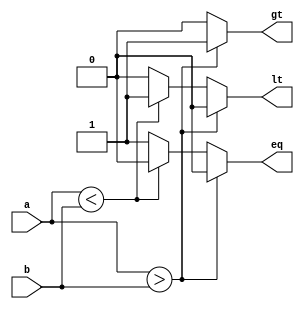
`timescale 1ns / 1ps
//////////////////////////////////////////////////////////////////////////////////
// Company: 
// Engineer: 
// 
// Design Name: 
// Module Name: b_comp
// Project Name: 
// Target Devices: 
// Tool Versions: 
// Description: 
// 
// Dependencies: 
// 
// Revision:
// Revision 0.01 - File Created
// Additional Comments:
// 
//////////////////////////////////////////////////////////////////////////////////


module b_comp(
    input [3:0]a,b,
    output reg eq,gt,lt
    );
    
    always@(a,b)
    if (a>b)
        begin
            gt = 1;
            lt = 0;
            eq = 0;
        end
     else if (a<b)
        begin
            gt = 0;
            lt = 1;
            eq = 0;
        end
     else
        begin
            gt = 0;
            lt = 0;
            eq = 1;
        end
endmodule